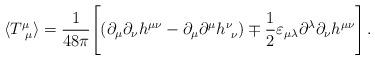
LaTeX: \begin{align*}\langle T^{\mu}_{\ \mu} \rangle = \frac{1}{48\pi}\Biggl[ \left(\partial_{\mu}\partial_{\nu}h^{\mu\nu}-\partial_{\mu}\partial^{\mu}h^{\nu}_{\ \nu}\right) \mp\frac{1}{2}\varepsilon_{\mu\lambda}\partial^{\lambda}\partial_{\nu}h^{\mu\nu}\Biggr] \, .\end{align*}